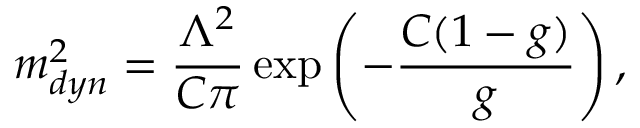
m _ { d y n } ^ { 2 } = \frac { \Lambda ^ { 2 } } { C \pi } \exp \left( - \frac { C ( 1 - g ) } { g } \right) ,